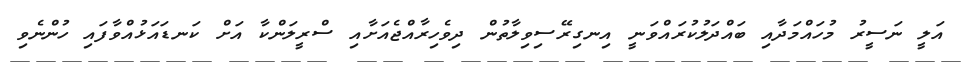
އަލީ ނަސީރު މުހައްމަދާއި ބައްދަލުކުރައްވަނީ އިނގިރޭސިވިލާތުން ދިވެހިރާއްޖެއަށާއި ސްރީލަންކާ އަށް ކަނޑައަޅުއްވާފައި ހުންނެވި